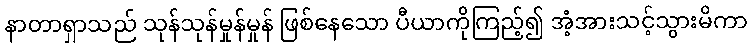
နာတာရှာသည် သုန်သုန်မှုန်မှုန် ဖြစ်နေသော ပီယာကိုကြည့်၍ အံ့အားသင့်သွားမိကာ